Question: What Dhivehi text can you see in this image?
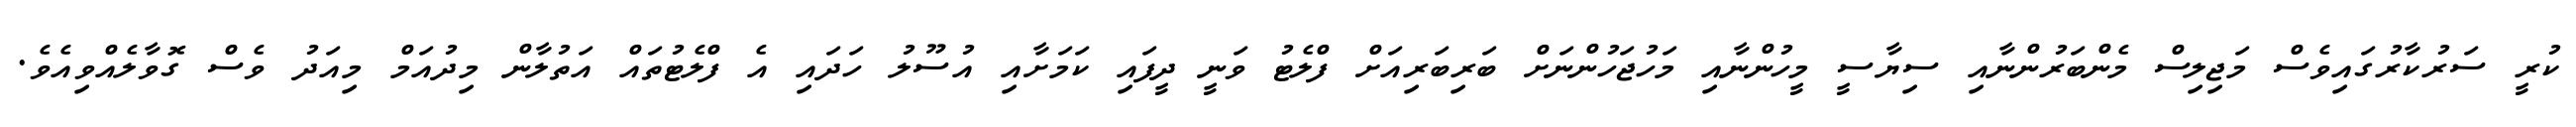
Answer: ކުރީ ސަރުކާރުގައިވެސް މަޖިލިސް މެންބަރުންނާއި ސިޔާސީ މީހުންނާއި މަހުޖަހުންނަށް ބަރިބަރިއަށް ފްލެޓު ވަނީ ދީފައި ކަމަށާއި އުސޫލު ހަދައި އެ ފްލެޓުތައް އަތުލާން މިދުއަމް މިއަދު ވެސް ގޮވާލެއްވިއެވެ.